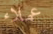
عملاء